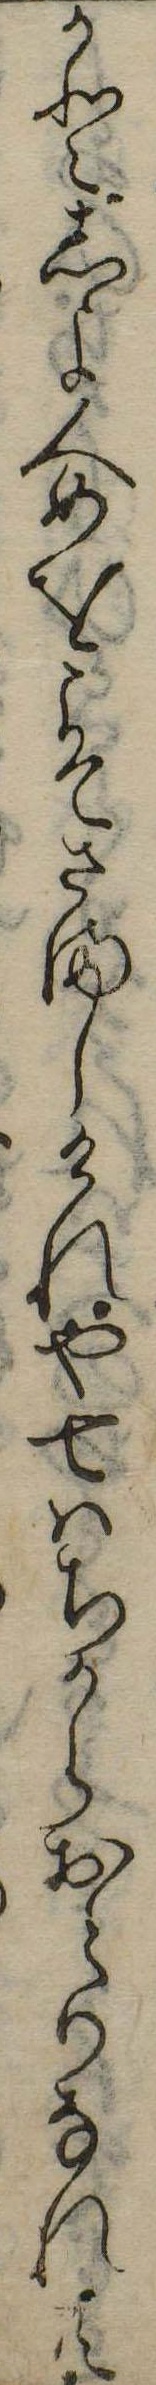
かとしよ人めをこそさましけれや七はちからおとりなれ共